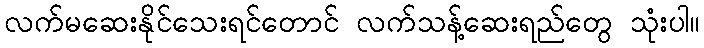
လက်မဆေးနိုင်သေးရင်တောင် လက်သန့်ဆေးရည်တွေ သုံးပါ။